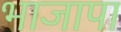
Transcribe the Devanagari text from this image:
भाजापा